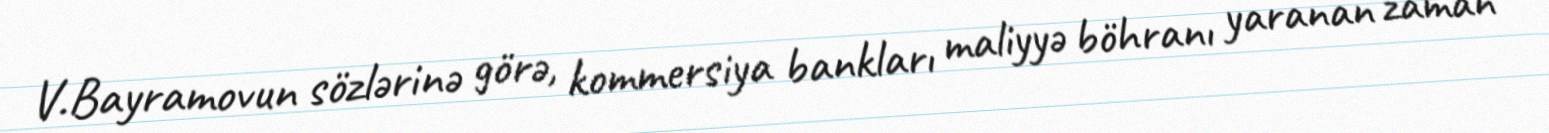
V.Bayramovun sözlərinə görə, kommersiya bankları maliyyə böhranı yaranan zaman